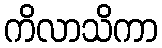
ကိလာသိကာ